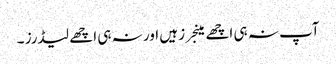
آپ نہ ہی اچھے مینجرز ہیں اور نہ ہی اچھے لیڈرز ۔